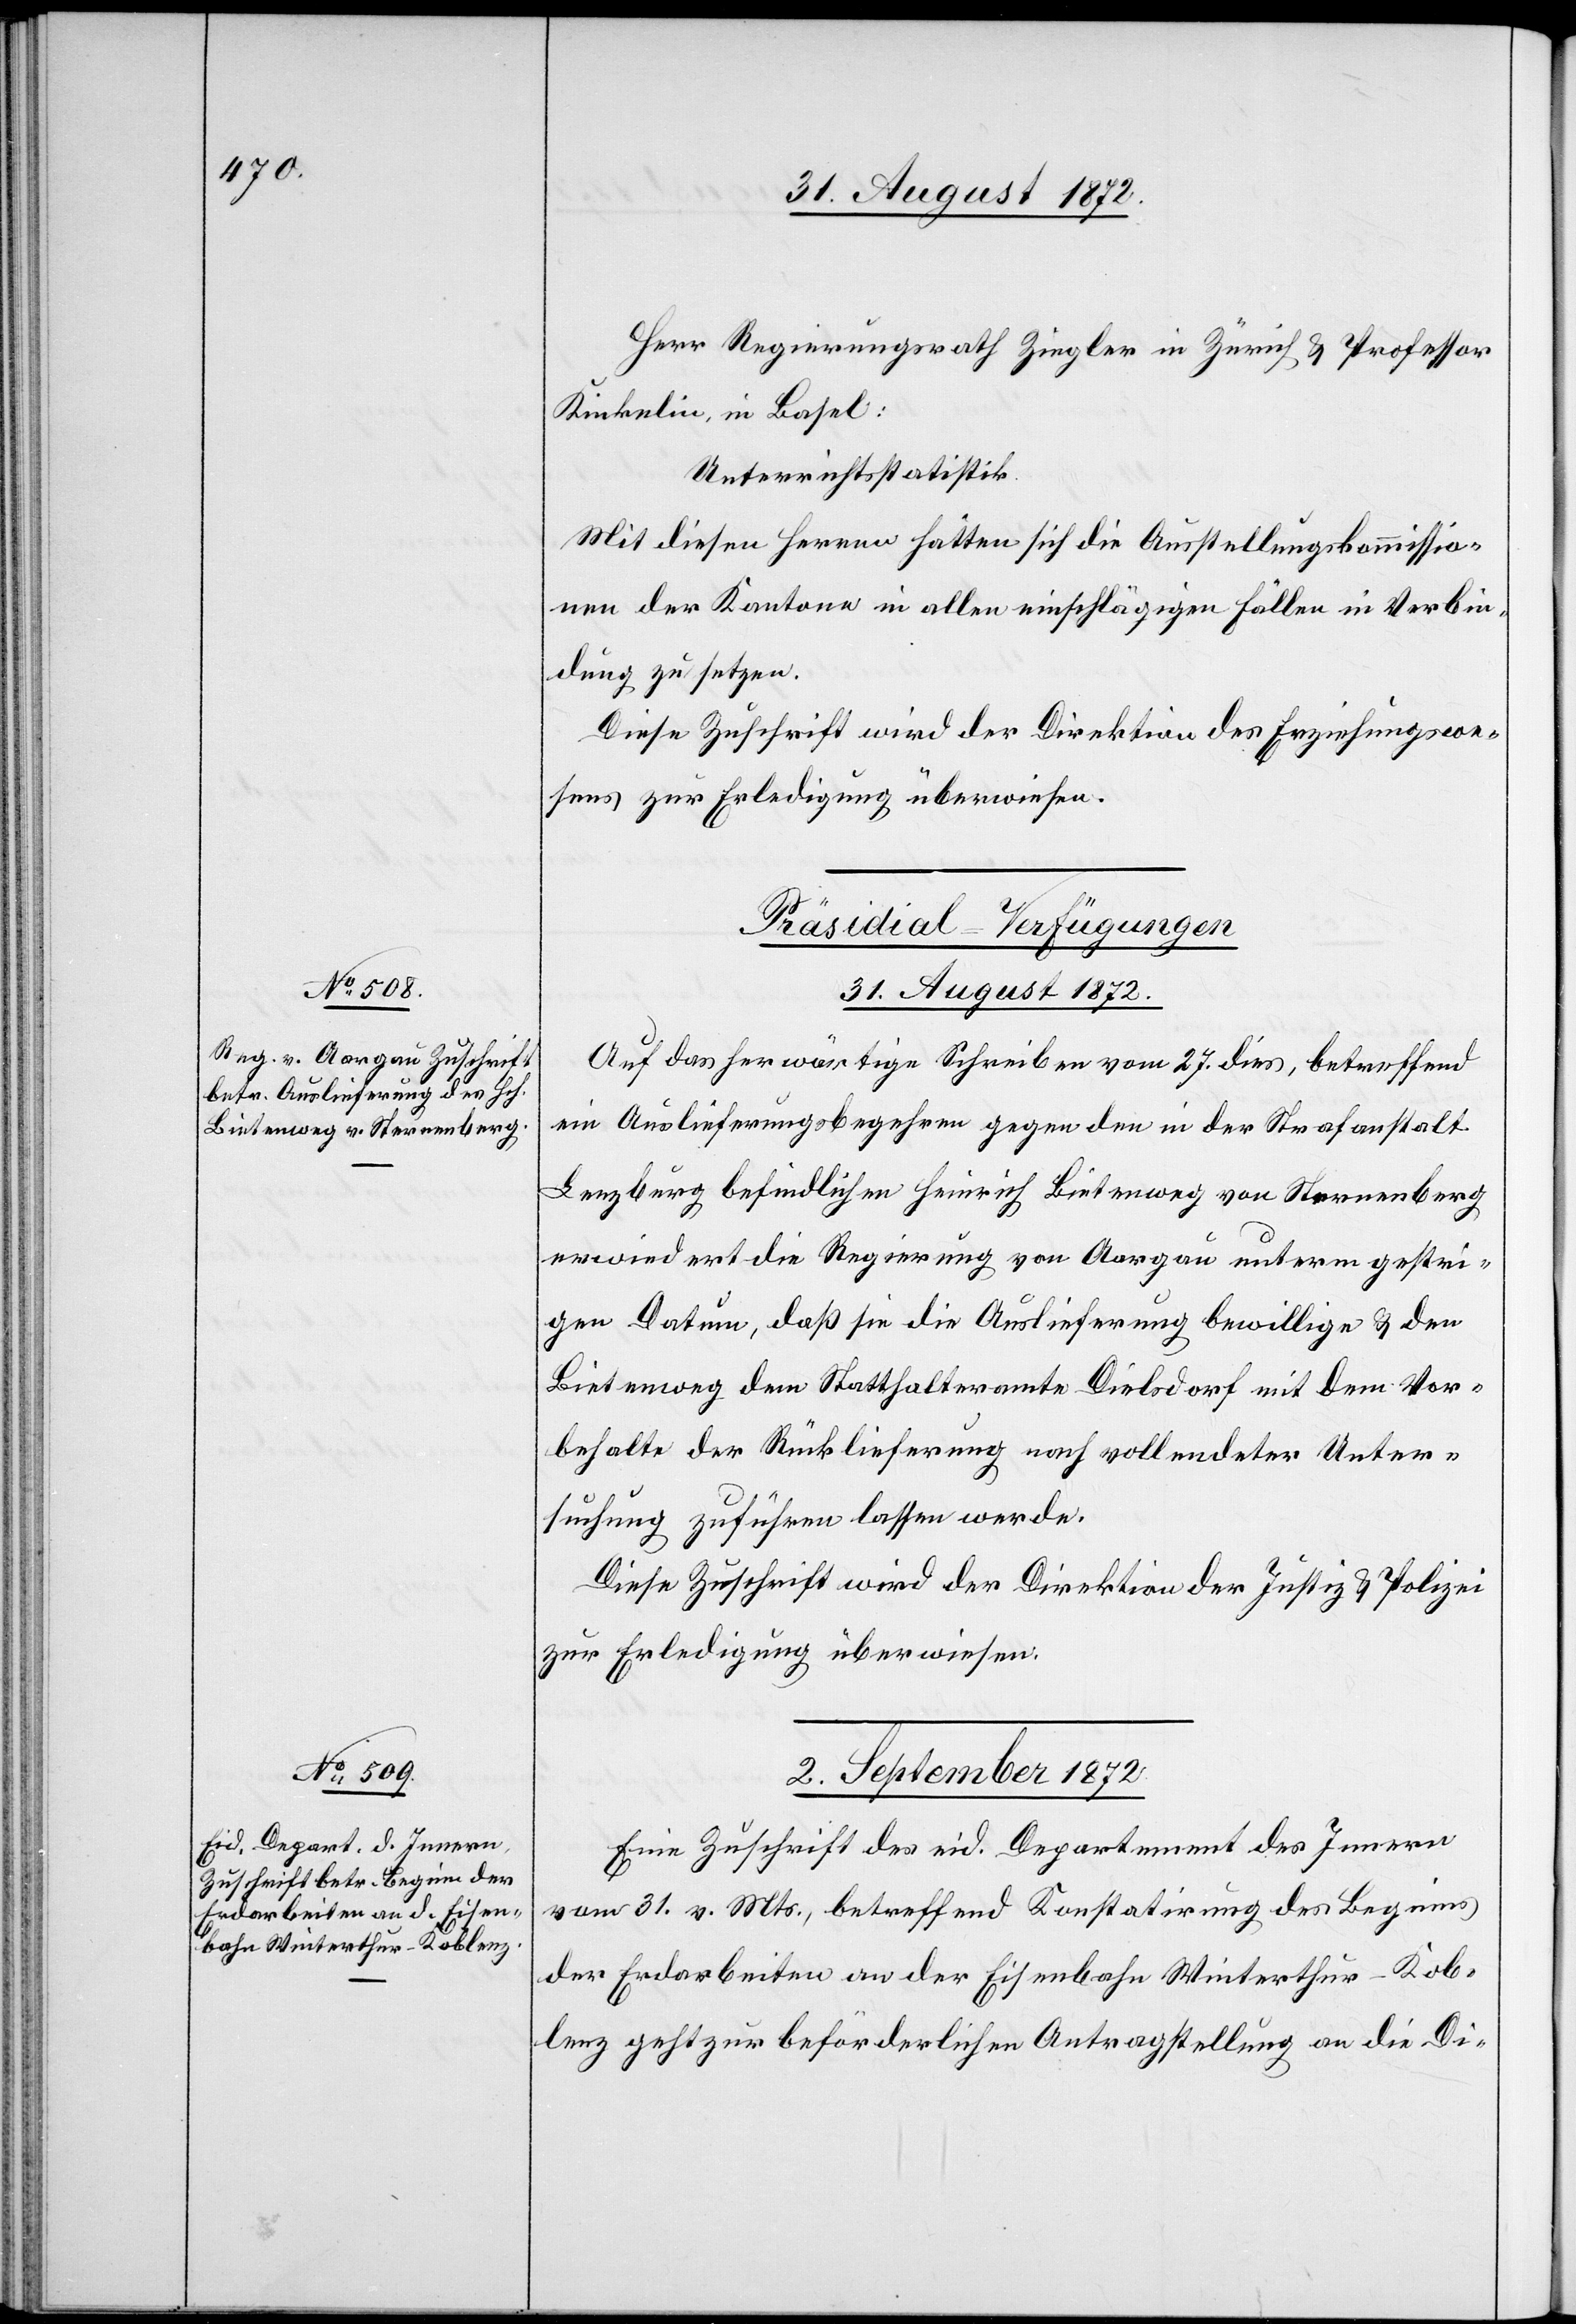
Herr Regierungsrath Ziegler in Zürich u. Professor
Kinkelin, in Basel:
Unterrichtsstatistik.
Mit diesen Herren hätten sich die Ausstellungskommissio¬
nen der Kantone in allen einschlägigen Fällen in Verbin¬
dung zu setzen.
Diese Zuschrift wird der Direktion des Erziehungswe¬
sens zur Erledigung überwiesen.
[Präsidial-Verfügungen]
31. August 1872.
Auf das herwärtige Schreiben vom 27. dies, betreffend
ein Auslieferungsbegehren gegen den in der Strafanstalt
Lenzburg befindlichen Heinrich Bietenweg von Sternenberg
erwiedert die Regierung von Aargau unterm gestri¬
gen Datum, daß sie die Auslieferung bewillige u. den
Bietenweg dem Statthalteramte Dielsdorf mit dem Vor¬
behalte der Rücklieferung nach vollendeter Unter¬
suchung zuführen lassen werde.
Diese Zuschrift wird der Direktion der Justiz u. Polizei
zur Erledigung überwiesen.
2. September 1872.
Eine Zuschrift des eid. Departement des Innern
vom 31. v. Mts., betreffend Konstatirung des Beginns
der Erdarbeiten an der Eisenbahn Winterthur–Kob¬
lenz geht zur beförderlichen Antragstellung an die Di-